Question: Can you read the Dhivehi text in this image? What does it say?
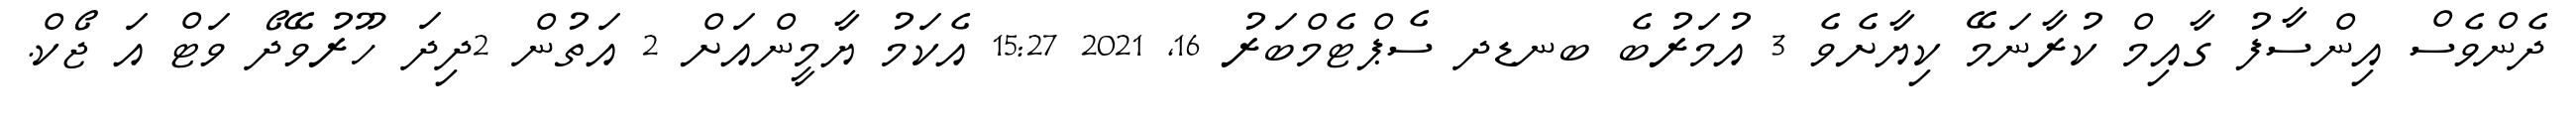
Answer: ދެންވެސް އިންސާފު ގާއިމް ކުރާނަމޭ ކިޔާށެވެ 3 އުމަރުބެ ބނޑދ ސެޕްޓެމްބަރު 16, 2021 15:27 އެކަމު ޔާމީންއަށް 2 އަތުން 2ދިދަ ހޫރުވޭދޯ ވަޓް އަ ޖޯކް.